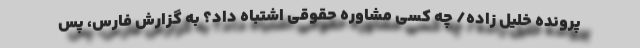
پرونده خلیل زاده/ چه کسی مشاوره حقوقی اشتباه داد؟ به گزارش فارس، پس